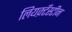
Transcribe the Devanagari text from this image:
लियक़्टँस्टीन